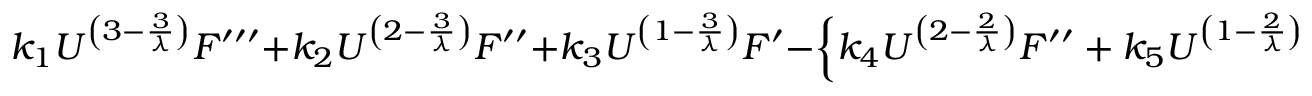
k _ { 1 } U ^ { \left( 3 - \frac { 3 } { \lambda } \right) } F ^ { \prime \prime \prime } + k _ { 2 } U ^ { \left( 2 - \frac { 3 } { \lambda } \right) } F ^ { \prime \prime } + k _ { 3 } U ^ { \left( 1 - \frac { 3 } { \lambda } \right) } F ^ { \prime } - \left\{ k _ { 4 } U ^ { \left( 2 - \frac { 2 } { \lambda } \right) } F ^ { \prime \prime } + k _ { 5 } U ^ { \left( 1 - \frac { 2 } { \lambda } \right) } F ^ { \prime } \right\} ^ { 2 - \alpha } F = 0 ,